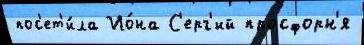
пос'ет'и́ла Ио́на С'ерг'ий просфорн'я